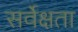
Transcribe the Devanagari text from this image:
सर्वेक्षता